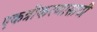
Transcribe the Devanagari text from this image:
एकत्रीकरणासाठी